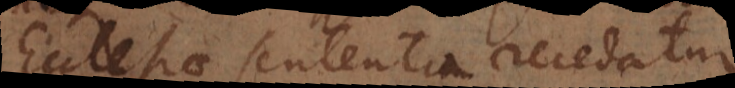
Ecclesiae sententia recedatur.